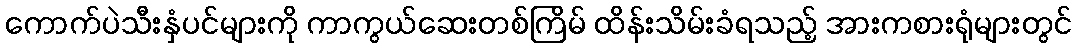
ကောက်ပဲသီးနှံပင်များကို ကာကွယ်ဆေးတစ်ကြိမ် ထိန်းသိမ်းခံရသည့် အားကစားရုံများတွင်